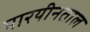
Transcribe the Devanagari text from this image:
मारयीनताल